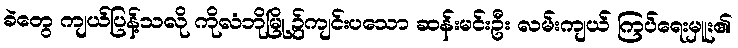
ခဲတွေ ကျယ်ပြန့်သလို ကိုလံဘိုမြို့၌ကျင်းပသော ဆန်းမင်းဦး လမ်းကျယ် ကြပ်ရေးမှူး၏